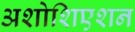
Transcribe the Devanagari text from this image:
अशोशिएशन